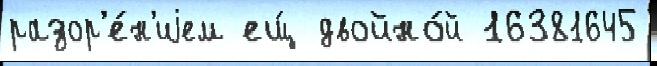
разор'е́н'иjем ещ́ двойно́й 16381645